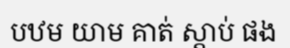
បឋម យាម គាត់ ស្តាប់ ផង